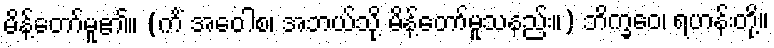
မိန့်တော်မူ၏။ (ကိံ အဝေါစ၊ အဘယ်သို့ မိန့်တော်မူသနည်း။) ဘိက္ခဝေ၊ ရဟန်းတို့။